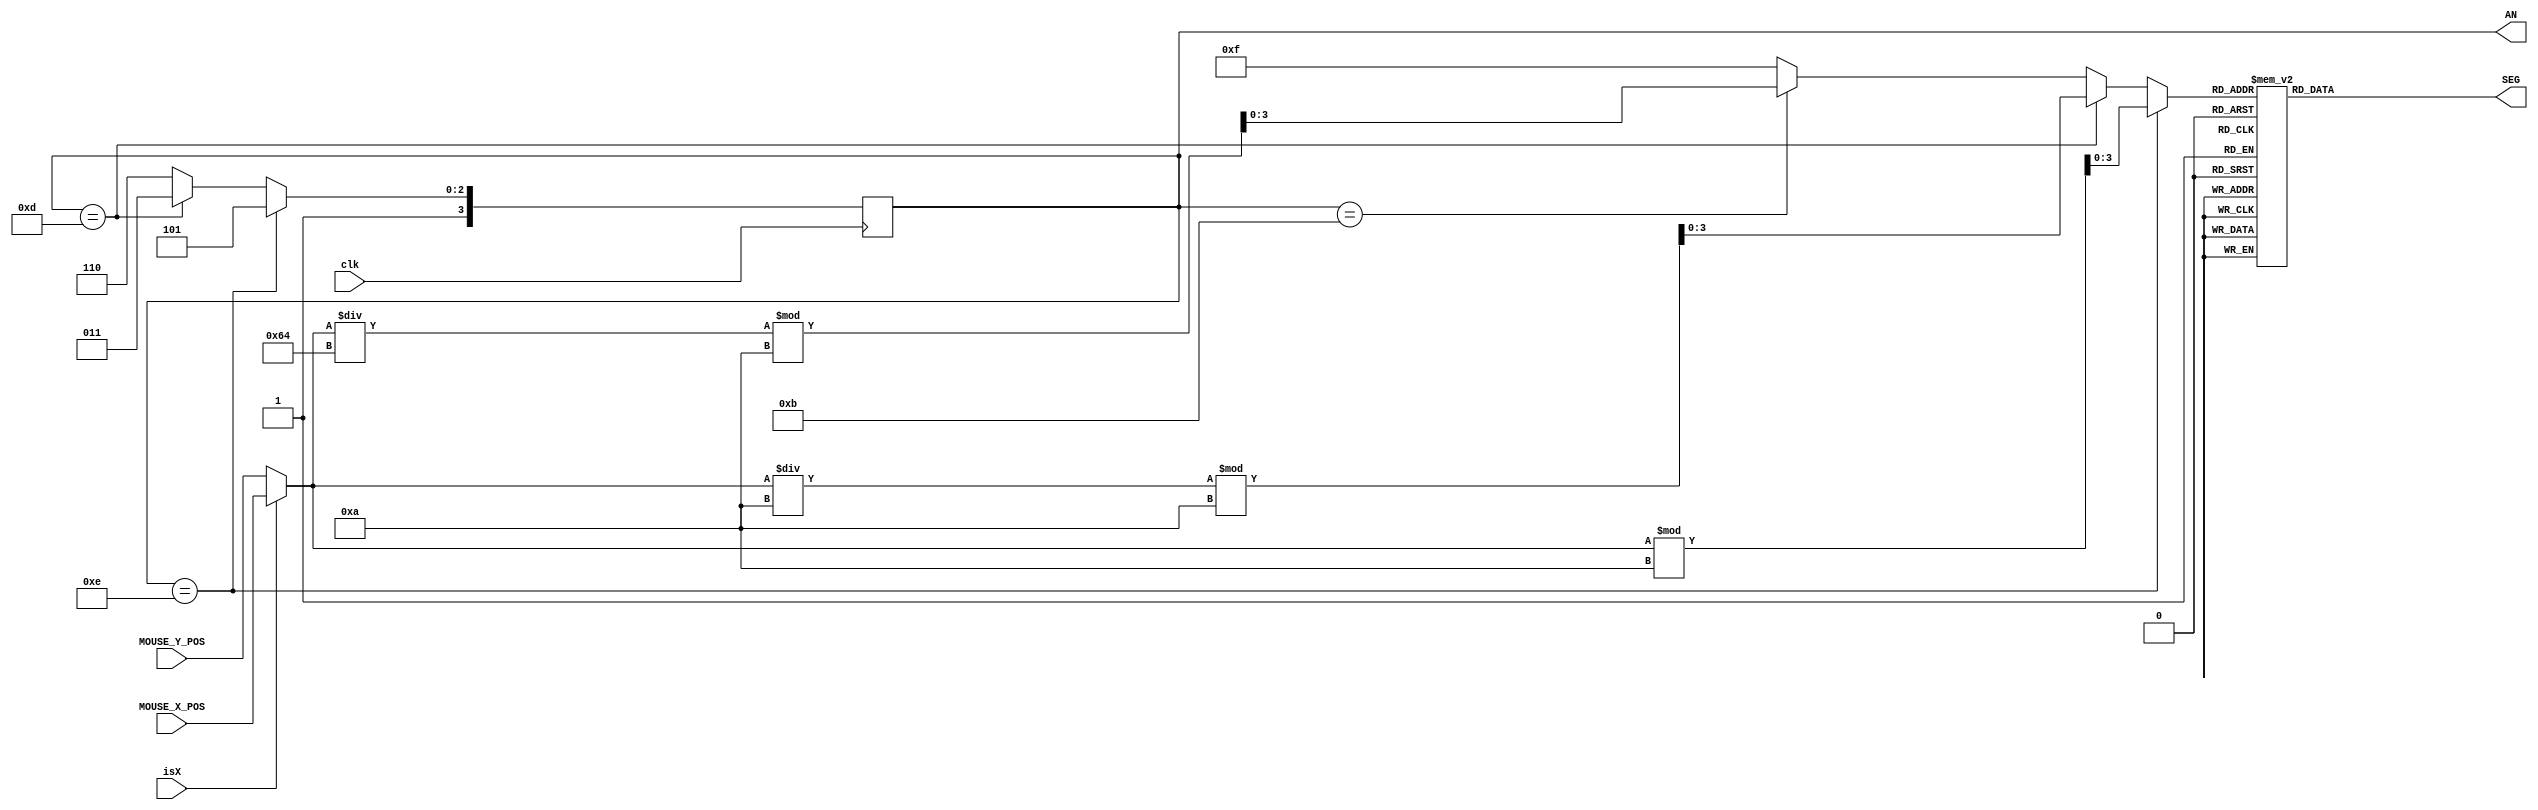
module segment_display(
  input clk,
  input [9:0] MOUSE_X_POS,
  input [9:0] MOUSE_Y_POS,
  input isX,
  output reg [3:0] AN,
  output reg [6:0] SEG
);

reg [3:0] AN_next;
wire [9:0] display_value;
wire [3:0] DIGIT0, DIGIT1, DIGIT2;
wire [3:0] value;

assign display_value = (isX) ? MOUSE_X_POS: MOUSE_Y_POS;
assign DIGIT0 = display_value % 10;
assign DIGIT1 = ( display_value / 10 ) % 10;
assign DIGIT2 = ( display_value / 100 ) % 10;

always@(posedge clk)begin
  AN <= AN_next;
end

always@(*)begin
  AN_next = 4'b1110;
  if(AN==4'b1110) begin
    AN_next = 4'b1101;
  end else if(AN==4'b1101) begin
    AN_next = 4'b1011;
  end else if(AN==4'b1011) begin
    AN_next = 4'b1110;
  end
end

assign value = (AN==4'b1110) ? DIGIT0:
               (AN==4'b1101) ? DIGIT1:
               (AN==4'b1011) ? DIGIT2:
                              4'b1111;

always@(*)begin
  case(value)
    4'd0: SEG = 7'b0000001;
    4'd1: SEG = 7'b1001111;
    4'd2: SEG = 7'b0010010;
    4'd3: SEG = 7'b0000110;
    4'd4: SEG = 7'b1001100;
    4'd5: SEG = 7'b0100100;
    4'd6: SEG = 7'b0100000;
    4'd7: SEG = 7'b0001111;
    4'd8: SEG = 7'b0000000;
    4'd9: SEG = 7'b0000100;
    default: SEG = 7'b1111111;
  endcase
end


endmodule